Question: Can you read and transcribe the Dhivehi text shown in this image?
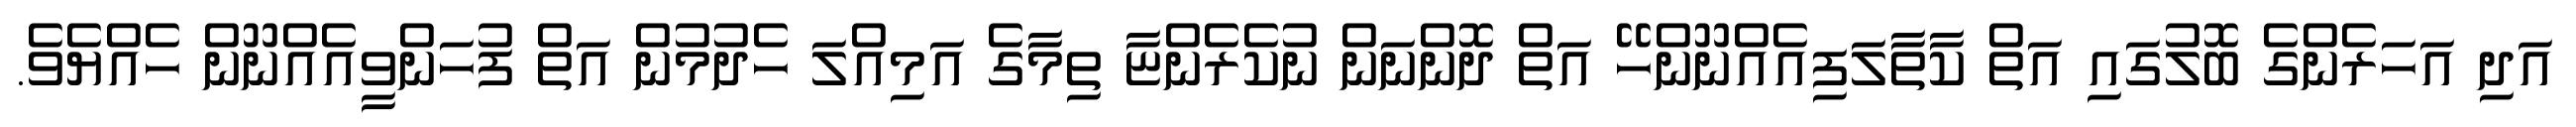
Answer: އަދި އަހަރެންގެ ބޮލުގައި އަތް ކާތާލަފިއެއްނޫންހޭ އަތް ދޮންނަން ނުކެރެންޏާ ތިމާގެ އަމިއްލަ ހެދުމުން އަތް ފުހަންވީއެއްނޫން ހެއްޔެވެ.